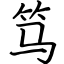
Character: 笃